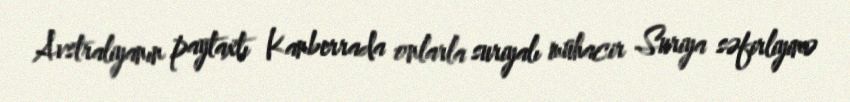
Avstraliyanın paytaxtı Kanberrada onlarla suriyalı mühacir Suriya səfirliyinə